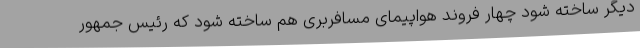
دیگر ساخته شود چهار فروند هواپیمای مسافربری هم ساخته شود که رئیس جمهور